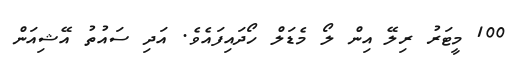
100 މީޓަރު ރިލޭ އިން ލޯ މެޑަލް ހޯދައިފައެވެ. އަދި ސައުތު އޭޝިއަން